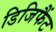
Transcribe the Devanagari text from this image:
डिजिफैंट